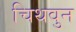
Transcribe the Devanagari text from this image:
चिथवुन